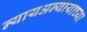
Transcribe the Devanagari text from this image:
न्यायअन्यायाच्या